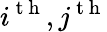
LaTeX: i^{\mathrm{~t~h~}},j^{\mathrm{~t~h~}}